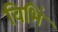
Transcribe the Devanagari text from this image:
विभिं